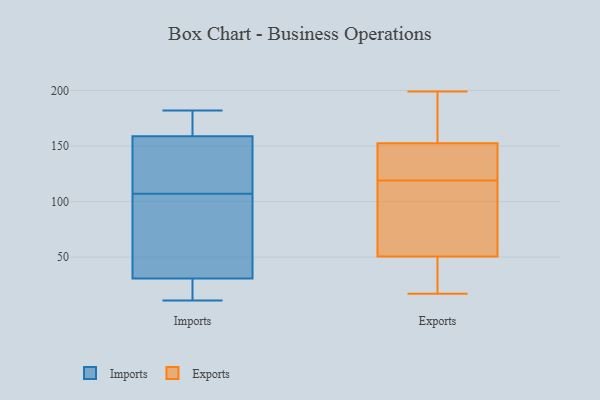
{"axis": {"x": "Satisfaction Score", "y": "Value"}, "legend": ["Exports", "Imports"], "data": [{"x": "", "y": 161, "type": "Imports"}, {"x": "", "y": 68, "type": "Imports"}, {"x": "", "y": 13, "type": "Imports"}, {"x": "", "y": 27, "type": "Imports"}, {"x": "", "y": 34, "type": "Imports"}, {"x": "", "y": 107, "type": "Imports"}, {"x": "", "y": 158, "type": "Imports"}, {"x": "", "y": 182, "type": "Imports"}, {"x": "", "y": 171, "type": "Imports"}, {"x": "", "y": 134, "type": "Imports"}, {"x": "", "y": 32, "type": "Imports"}, {"x": "", "y": 11, "type": "Imports"}, {"x": "", "y": 146, "type": "Imports"}, {"x": "", "y": 70, "type": "Exports"}, {"x": "", "y": 76, "type": "Exports"}, {"x": "", "y": 31, "type": "Exports"}, {"x": "", "y": 199, "type": "Exports"}, {"x": "", "y": 30, "type": "Exports"}, {"x": "", "y": 128, "type": "Exports"}, {"x": "", "y": 137, "type": "Exports"}, {"x": "", "y": 145, "type": "Exports"}, {"x": "", "y": 32, "type": "Exports"}, {"x": "", "y": 49, "type": "Exports"}, {"x": "", "y": 17, "type": "Exports"}, {"x": "", "y": 142, "type": "Exports"}, {"x": "", "y": 181, "type": "Exports"}, {"x": "", "y": 187, "type": "Exports"}, {"x": "", "y": 160, "type": "Exports"}, {"x": "", "y": 137, "type": "Exports"}, {"x": "", "y": 160, "type": "Exports"}, {"x": "", "y": 95, "type": "Exports"}, {"x": "", "y": 52, "type": "Exports"}, {"x": "", "y": 110, "type": "Exports"}]}